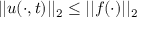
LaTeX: | | u ( \cdot , t ) | | _ { 2 } \leq | | f ( \cdot ) | | _ { 2 }